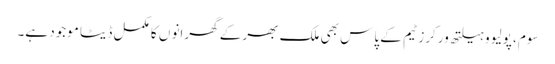
سوم، پولیو و ہیلتھ ورکرز ٹیم کے پاس بھی ملک بھر کے گھرانو ں کا مکمل ڈیٹا موجود ہے۔